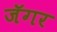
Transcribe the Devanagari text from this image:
जॅगर